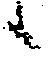
候